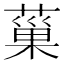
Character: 𦸛